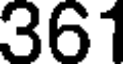
361